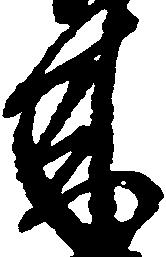
来